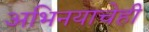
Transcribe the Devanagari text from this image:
अभिनयाचेही